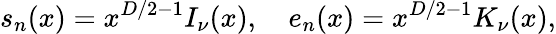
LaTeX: s_{n}(x)=x^{D/2-1}I_{\nu}(x),\quad e_{n}(x)=x^{D/2-1}K_{\nu}(x),